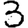
Digit: 3